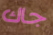
جاك